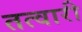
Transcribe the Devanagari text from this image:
तत्वारी